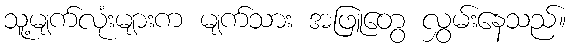
သူ့မျက်လုံးများက မျက်သား အဖြူတွေ လွှမ်းနေသည်။